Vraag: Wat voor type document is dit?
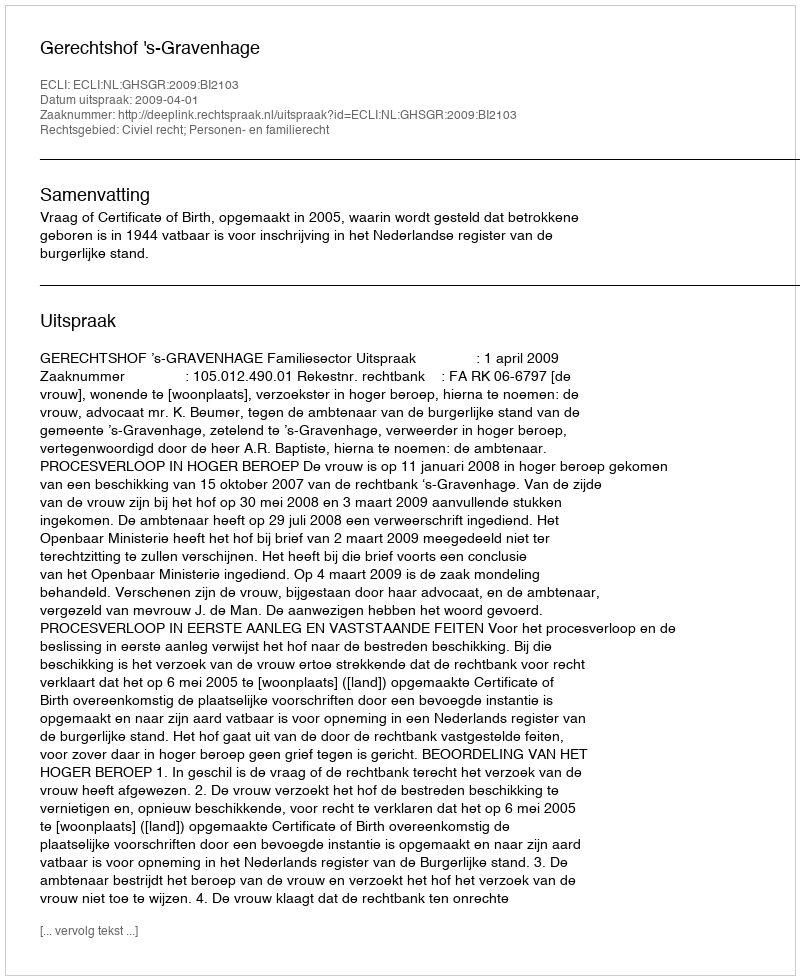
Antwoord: Uitspraak